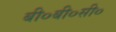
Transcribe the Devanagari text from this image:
बी०बी०सी०